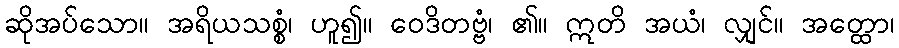
ဆိုအပ်သော။ အရိယသစ္စံ၊ ဟူ၍။ ဝေဒိတဗ္ဗံ၊ ၏။ ဣတိ အယံ၊ လျှင်။ အတ္ထော၊